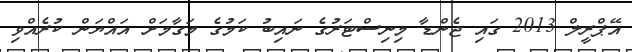
އޭޕްރީލް 2013 ގައި ޖެންޑާ މިނިސްޓަރުގެ ނައިބު ކަމުގެ މަގާމަށް އައްޔަން ކުރެއްވި